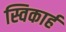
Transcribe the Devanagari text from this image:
स्विकार्ह